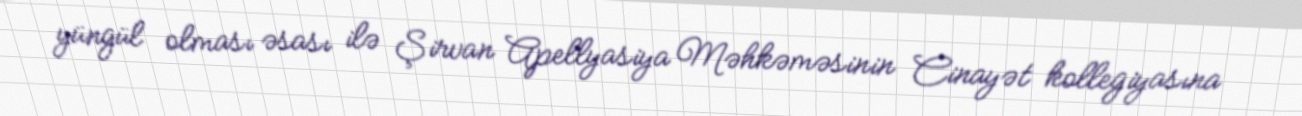
yüngül olması əsası ilə Şirvan Apellyasiya Məhkəməsinin Cinayət kollegiyasına